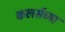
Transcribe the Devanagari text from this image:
कलर्सच्या